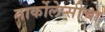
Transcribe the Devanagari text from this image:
नार्कोलेप्सीचा